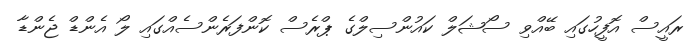
ރައީސް އޮފީހުގައި ބޭއްވި ސޯޝަލް ކައުންސިލްގެ ޕްރެސް ކޮންފަރެންސެއްގައި ލޯ އެންޑް ޖެންޑާ